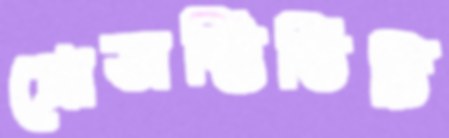
প্রোডাক্টিভিটি